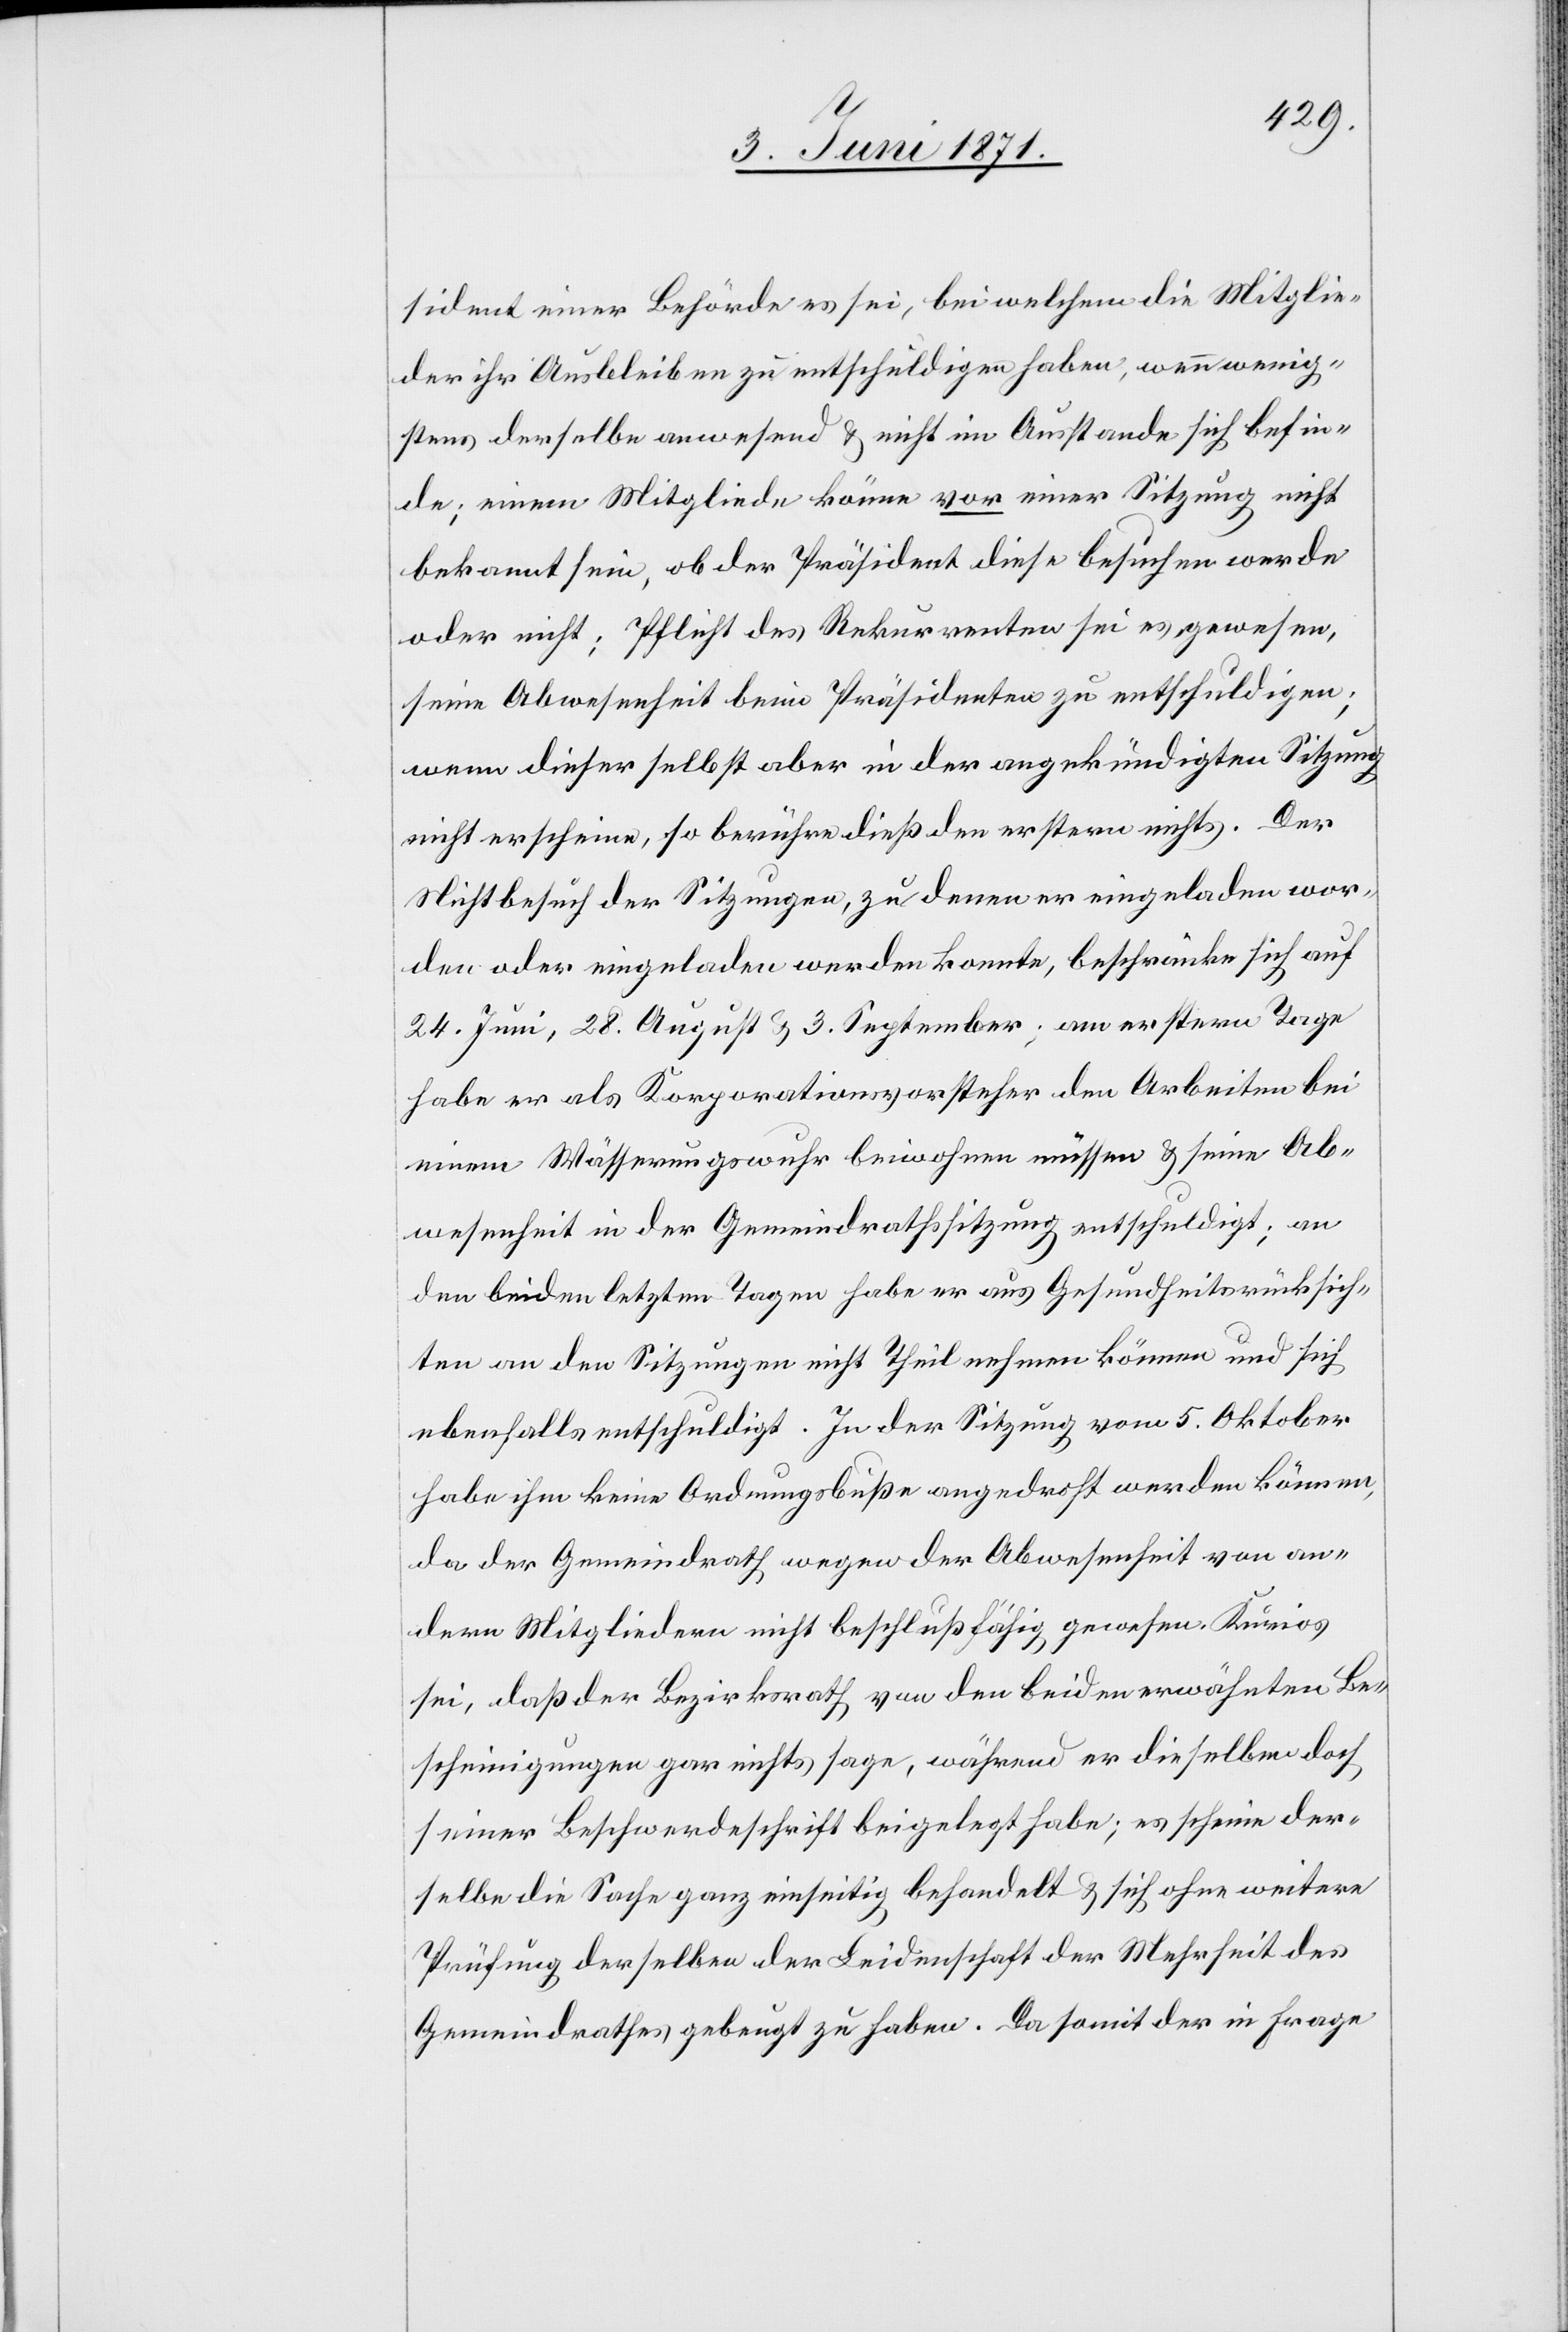
sident einer Behörde es sei, bei welchem die Mitglie¬
der ihr Ausbleiben zu entschuldigen haben, wenn wenig¬
stens derselbe anwesend u. nicht im Ausstande sich befin¬
de; einem Mitgliede könne vor einer Sitzung nicht
bekannt sein, ob der Präsident diese besuchen werde
oder nicht; Pflicht des Rekurrenten sei es gewesen,
seine Abwesenheit beim Präsidenten zu entschuldigen;
wenn dieser selbst aber in der angekündigten Sitzung
nicht erscheine, so berühre dieß den erstern nichts. Der
Nichtbesuch der Sitzung, zu denen er eingeladen wor¬
den oder eingeladen werden konnte, beschränke sich auf
24. Juni, 28. August u. 3. September; am erstern Tage
habe er als Korporationsvorsteher den Arbeiten bei
einem Wässerungswuhr beiwohnen müssen u. seine Ab¬
wesenheit in der Gemeindrathssitzung entschuldigt; an
den beiden letzten Tagen habe er aus Gesundheitsrücksich¬
ten an den Sitzungen nicht Theil nehmen können und sich
ebenfalls entschuldigt. In der Sitzung vom 5. Oktober
habe ihm keine Ordnungsbuße angedroht werden können,
da der Gemeindrath wegen der Abwesenheit von an¬
dern Mitgliedern nicht beschlußfähig gewesen. Kurios
sei, daß der Bezirksrath von den beiden erwähnten Be¬
scheinigungen gar nicht sage, während er dieselben doch
seiner Beschwerdeschrift beigelegt habe; es scheine der¬
selbe die Sache ganz einseitig behandelt u. sich ohne weitere
Prüfung derselben der Leidenschaft der Mehrheit des
Gemeindrathes gebeugt zu haben. Da somit der in Frage